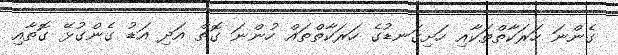
ގެންނަ ހަރަކާތްތަކާއި ހަށިގަނޑުގެ ހަރަކާތްތައް ހުންނަ ގޮތް އަދި އަޑު ގެންގުޅޭ ގޮތާއި